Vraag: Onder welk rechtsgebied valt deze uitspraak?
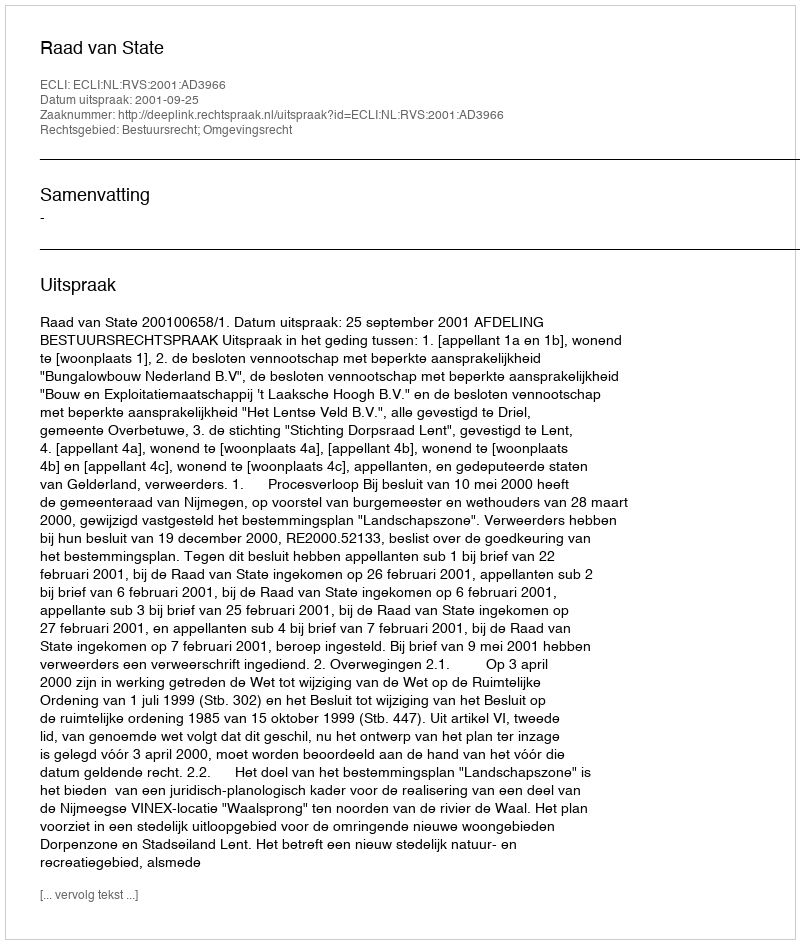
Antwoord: Bestuursrecht; Omgevingsrecht